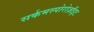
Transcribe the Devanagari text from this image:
सर्कमस्पोरोज़ॉइट